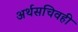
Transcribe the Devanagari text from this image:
अर्थसचिवही